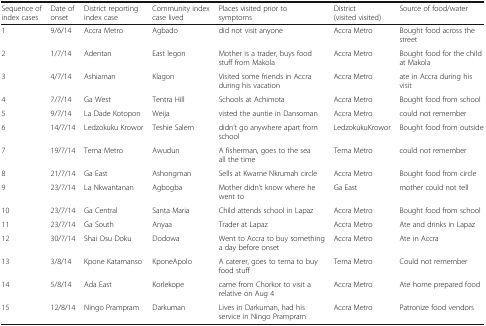
<table><thead><tr><td><b>Sequence of index cases</b></td><td><b>Date of onset</b></td><td><b>District reporting index case</b></td><td><b>Community index case lived</b></td><td><b>Places visited prior to symptoms</b></td><td><b>District (visited visited)</b></td><td><b>Source of food/water</b></td></tr></thead><tbody><tr><td>1</td><td>9/6/14</td><td>Accra Metro</td><td>Agbado</td><td>did not visit anyone</td><td>Accra Metro</td><td>Bought food across the street</td></tr><tr><td>2</td><td>1/7/14</td><td>Adentan</td><td>East legon</td><td>Mother is a trader, buys food stuff from Makola</td><td>Accra Metro</td><td>Bought food for the child at Makola</td></tr><tr><td>3</td><td>4/7/14</td><td>Ashiaman</td><td>Klagon</td><td>Visited some friends in Accra during his vacation</td><td>Accra Metro</td><td>ate in Accra during his visit</td></tr><tr><td>4</td><td>7/7/14</td><td>Ga West</td><td>Tentra Hill</td><td>Schools at Achimota</td><td>Accra Metro</td><td>Bought food from school</td></tr><tr><td>5</td><td>9/7/14</td><td>La Dade Kotopon</td><td>Weija</td><td>visted the auntie in Dansoman</td><td>Accra Metro</td><td>could not remember</td></tr><tr><td>6</td><td>14/7/14</td><td>Ledzokuku Krowor</td><td>Teshie Salem</td><td>didn’t go anywhere apart from school</td><td>LedzokukuKrowor</td><td>Bought food from outside</td></tr><tr><td>7</td><td>19/7/14</td><td>Tema Metro</td><td>Awudun</td><td>A fisherman, goes to the sea all the time</td><td>Tema Metro</td><td>could not remember</td></tr><tr><td>8</td><td>21/7/14</td><td>Ga East</td><td>Ashongman</td><td>Sells at Kwame Nkrumah circle</td><td>Accra Metro</td><td>Bought food from circle</td></tr><tr><td>9</td><td>23/7/14</td><td>La Nkwantanan</td><td>Agbogba</td><td>Mother didn’t know where he went to</td><td>Ga East</td><td>mother could not tell</td></tr><tr><td>10</td><td>23/7/14</td><td>Ga Central</td><td>Santa Maria</td><td>Child attends school in Lapaz</td><td>Accra Metro</td><td>Bought food from school</td></tr><tr><td>11</td><td>23/7/14</td><td>Ga South</td><td>Anyaa</td><td>Trader at Lapaz</td><td>Accra Metro</td><td>Ate and drinks in Lapaz</td></tr><tr><td>12</td><td>30/7/14</td><td>Shai Osu Doku</td><td>Dodowa</td><td>Went to Accra to buy something a day before onset</td><td>Accra Metro</td><td>Ate in Accra</td></tr><tr><td>13</td><td>3/8/14</td><td>Kpone Katamanso</td><td>KponeApolo</td><td>A caterer, goes to tema to buy food stuff</td><td>Tema Metro</td><td>Could not remember</td></tr><tr><td>14</td><td>5/8/14</td><td>Ada East</td><td>Korlekope</td><td>came from Chorkor to visit a relative on Aug 4</td><td>Accra Metro</td><td>Ate home prepared food</td></tr><tr><td>15</td><td>12/8/14</td><td>Ningo Prampram</td><td>Darkuman</td><td>Lives in Darkuman, had his service in Ningo Prampram</td><td>Accra Metro</td><td>Patronize food vendors</td></tr></tbody></table>